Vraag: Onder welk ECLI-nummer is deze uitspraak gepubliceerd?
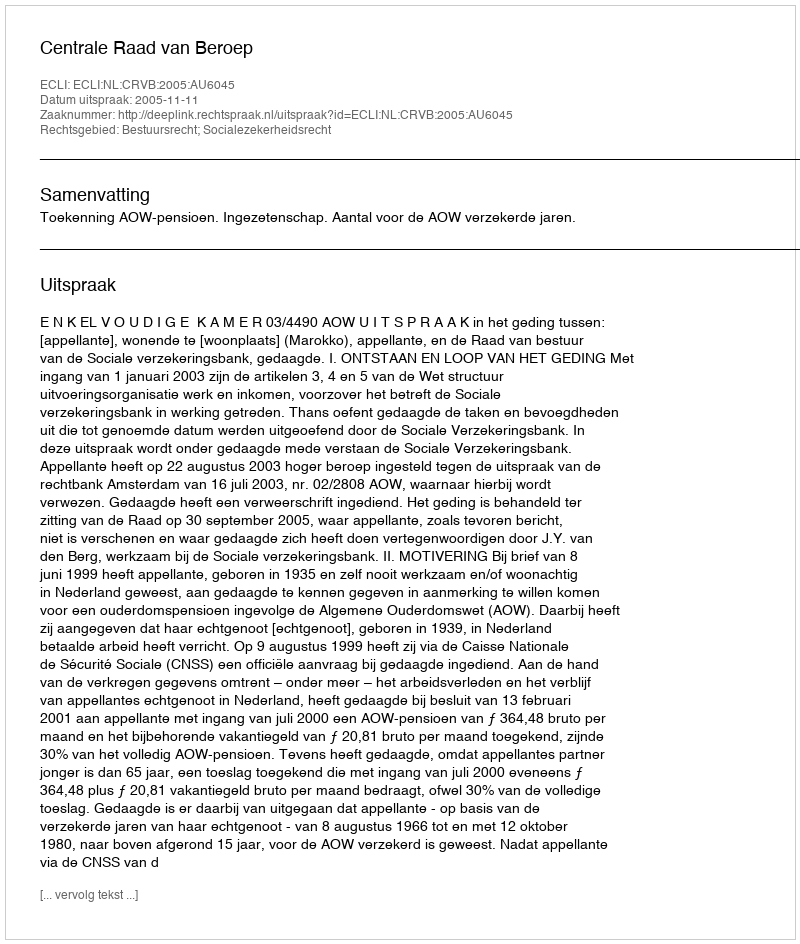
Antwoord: ECLI:NL:CRVB:2005:AU6045